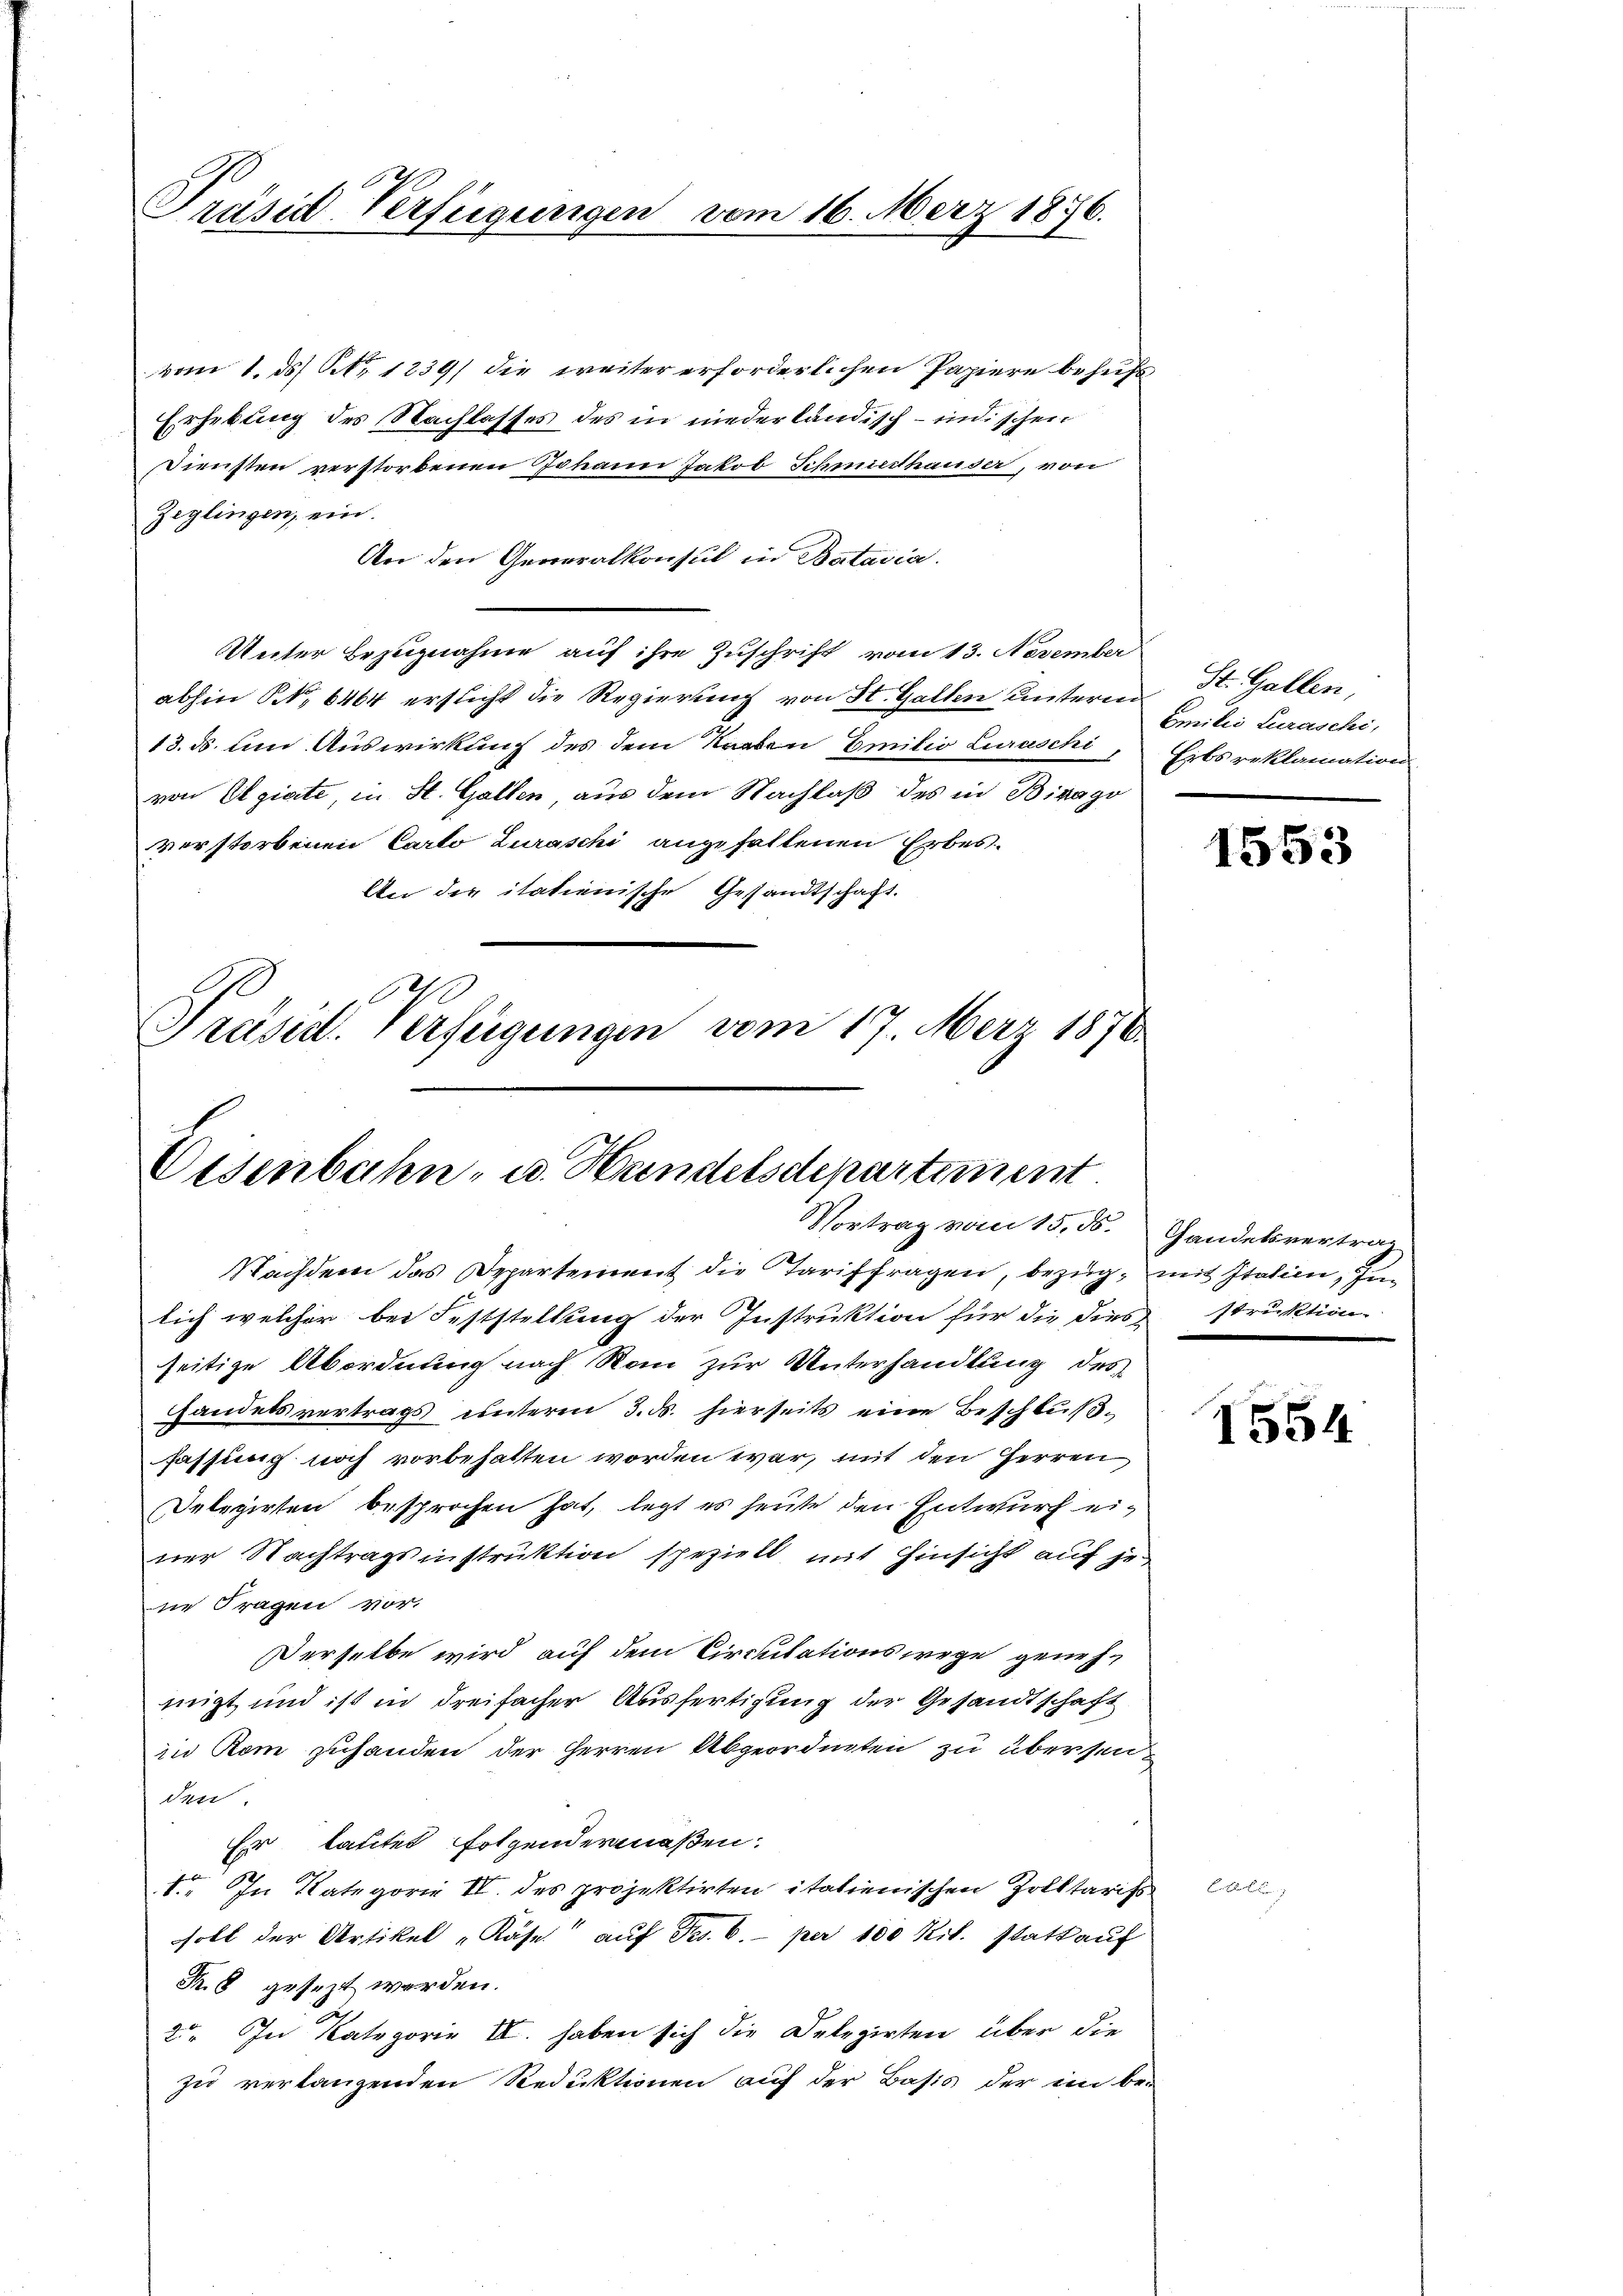
Präsid Verfügungen vom 16. Merz 1876.

vom 1. ds. Nr. 1239) die weiter erforderlichen Papiere behufs
Erhebung des Nachlasses des in niederländisch-indischen
Diensten verstorbenen Johann Jakob Schmiedthauser, von
Zeglingen, ein.
An den Generalkonsul in Batavia.
Unter Bezugnahme auf ihre Zuschrift vom 13. November
abhin No 6464 ersticht die Regierung von St. Gallen unterm St. Gallen,
13. ds. um Auswirkung des dem Raaben Emitio Luraschi
von Algiate, in St. Gallen aus dem Nachlaß des in Birago
verstorbenen Carto Luraschi angefallenen Erbes-
An der italienische Gesandtschaft.

Eisenbahn- u. Handelsdepartement.
Vortrag vom 15. ds. Handelsvertrag

Präsid. Verfügungen vom 17. März 1876

Nachdem das Departement die Tariffragen, bezug, mit Italien, Julich welcher bei Feststellung der Instruktion für die dies struktion
seitige Abordnung nach Rom zur Unterhandlung des
Handels vertrags unterm 3. ds. hierseits eine Beschlußfassung noch vorbehalten worden war, mit den Herren
Delegirten besprochen hat, legt es heute den Entwurf einer Nachtragsinstruktion speziell mit Hinsicht auf je
ne Fragen vor.
Derselbe wird auf dem Circutationswege geneh-
migt und ist in dreifacher Ausfertigung der Gesandtschaft
in Rom zuhanden der Herren Abgeordneten zu übersenden
Er tatitel folgendermaßen.
I. In Kategorie II. des projektirten italienischen Zolltarifs
soll der Artikel „Käse auf Fr. 6. per 100 Kil. Statt auf
R. 8 gesezt werden.
2. In Kategorie II. haben sich die Delegirten über die
zu verlangenden Reduktionen auf der Basis der im be-

Emilii Luraschi,
Eibsreklamation

1553

1554

E Er